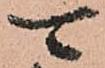
可